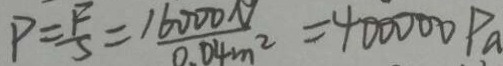
P = \frac { F } { S } = \frac { 1 6 0 0 0 N } { 0 . 0 4 m ^ { 2 } } = 4 0 0 0 0 0 P a